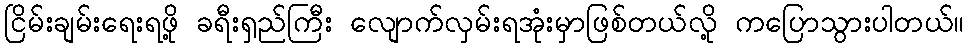
ငြိမ်းချမ်းရေးရဖို့ ခရီးရှည်ကြီး လျောက်လှမ်းရအုံးမှာဖြစ်တယ်လို့ ကပြောသွားပါတယ်။